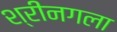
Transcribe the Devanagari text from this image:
श्रीनगला